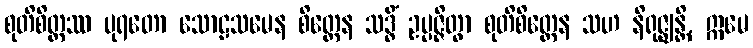
စုတိစိတ္တဿ ပုရတော သောဠသမေန စိတ္တေန သဒ္ဓိံ ဥပ္ပဇ္ဇိတွာ စုတိစိတ္တေန သဟ နိရုဇ္ဈန္တိ, ဣမေ